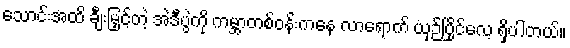
သောင်းအထိ ချီးမြှင့်တဲ့ အဲဒီပွဲကို ကမ္ဘာတစ်ဝန်းကနေ လာရောက် ယှဉ်ပြိုင်လေ့ ရှိပါတယ်။